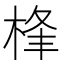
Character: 桻